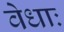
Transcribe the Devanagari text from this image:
वेधाः